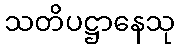
သတိပဋ္ဌာနေသု